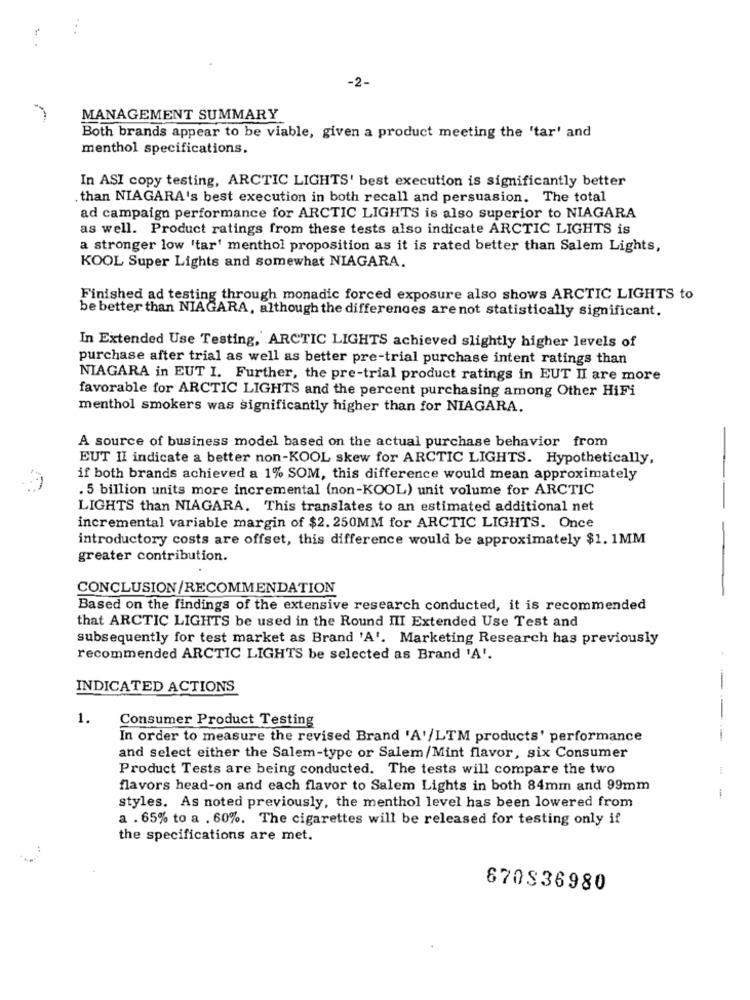
-2-
MANAGEMENT SUMMARY
Both brands appear to be viable, given a product meeting the 'tar' and
menthol specifications.
In ASI copy testing, ARCTIC LIGHTS' best execution is significantly better
. than NIAGARA's best execution in both recall and persuasion. The total
ad campaign performance for ARCTIC LIGHTS is also superior to NIAGARA
as well. Product ratings from these tests also indicate ARCTIC LIGHTS is
a stronger low 'tar' menthol proposition as it is rated better than Salem Lights,
KOOL Super Lights and somewhat NIAGARA.
Finished ad testing through monadic forced exposure also shows ARCTIC LIGHTS to
be better than NIAGARA, although the differences are not statistically significant.
In Extended Use Testing, ARCTIC LIGHTS achieved slightly higher levels of
purchase after trial as well as better pre-trial purchase intent ratings than
NIAGARA in EUT I. Further, the pre-trial product ratings in EUT II are more
favorable for ARCTIC LIGHTS and the percent purchasing among Other HiFi
menthol smokers was significantly higher than for NIAGARA.
A source of business model based on the actual purchase behavior from
EUT II indicate a better non-KOOL skew for ARCTIC LIGHTS. Hypothetically,
if both brands achieved a 1% SOM, this difference would mean approximately
. 5 billion units more incremental (non-KOOL) unit volume for ARCTIC
LIGHTS than NIAGARA. This translates to an estimated additional net
incremental variable margin of $2. 250MM for ARCTIC LIGHTS. Once
introductory costs are offset, this difference would be approximately $1. 1MM
greater contribution.
CONCLUSION/RECOMMENDATION
Based on the findings of the extensive research conducted, it is recommended
that ARCTIC LIGHTS be used in the Round III Extended Use Test and
subsequently for test market as Brand 'A'. Marketing Research has previously
recommended ARCTIC LIGHTS be selected as Brand 'A'.
INDICATED ACTIONS
-
1.
Consumer Product Testing
In order to measure the revised Brand 'A'/LTM products' performance
and select either the Salem-type or Salem/Mint flavor, six Consumer
Product Tests are being conducted. The tests will compare the two
1
flavors head-on and each flavor to Salem Lights in both 84mm and 99mm
styles. As noted previously, the menthol level has been lowered from
a . 65% to a . 60%. The cigarettes will be released for testing only if
the specifications are met.
670836980